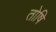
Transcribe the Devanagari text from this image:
तोषि